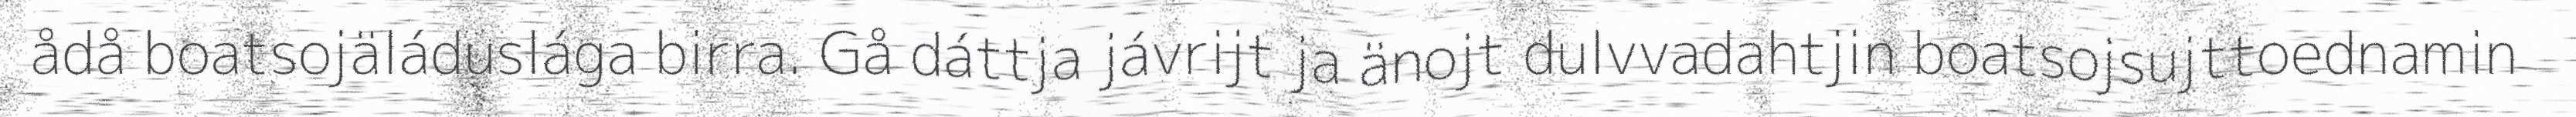
ådå boatsojäláduslága birra. Gå dáttja jávrijt ja änojt dulvvadahtjin boatsojsujttoednamin